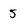
Character: 5